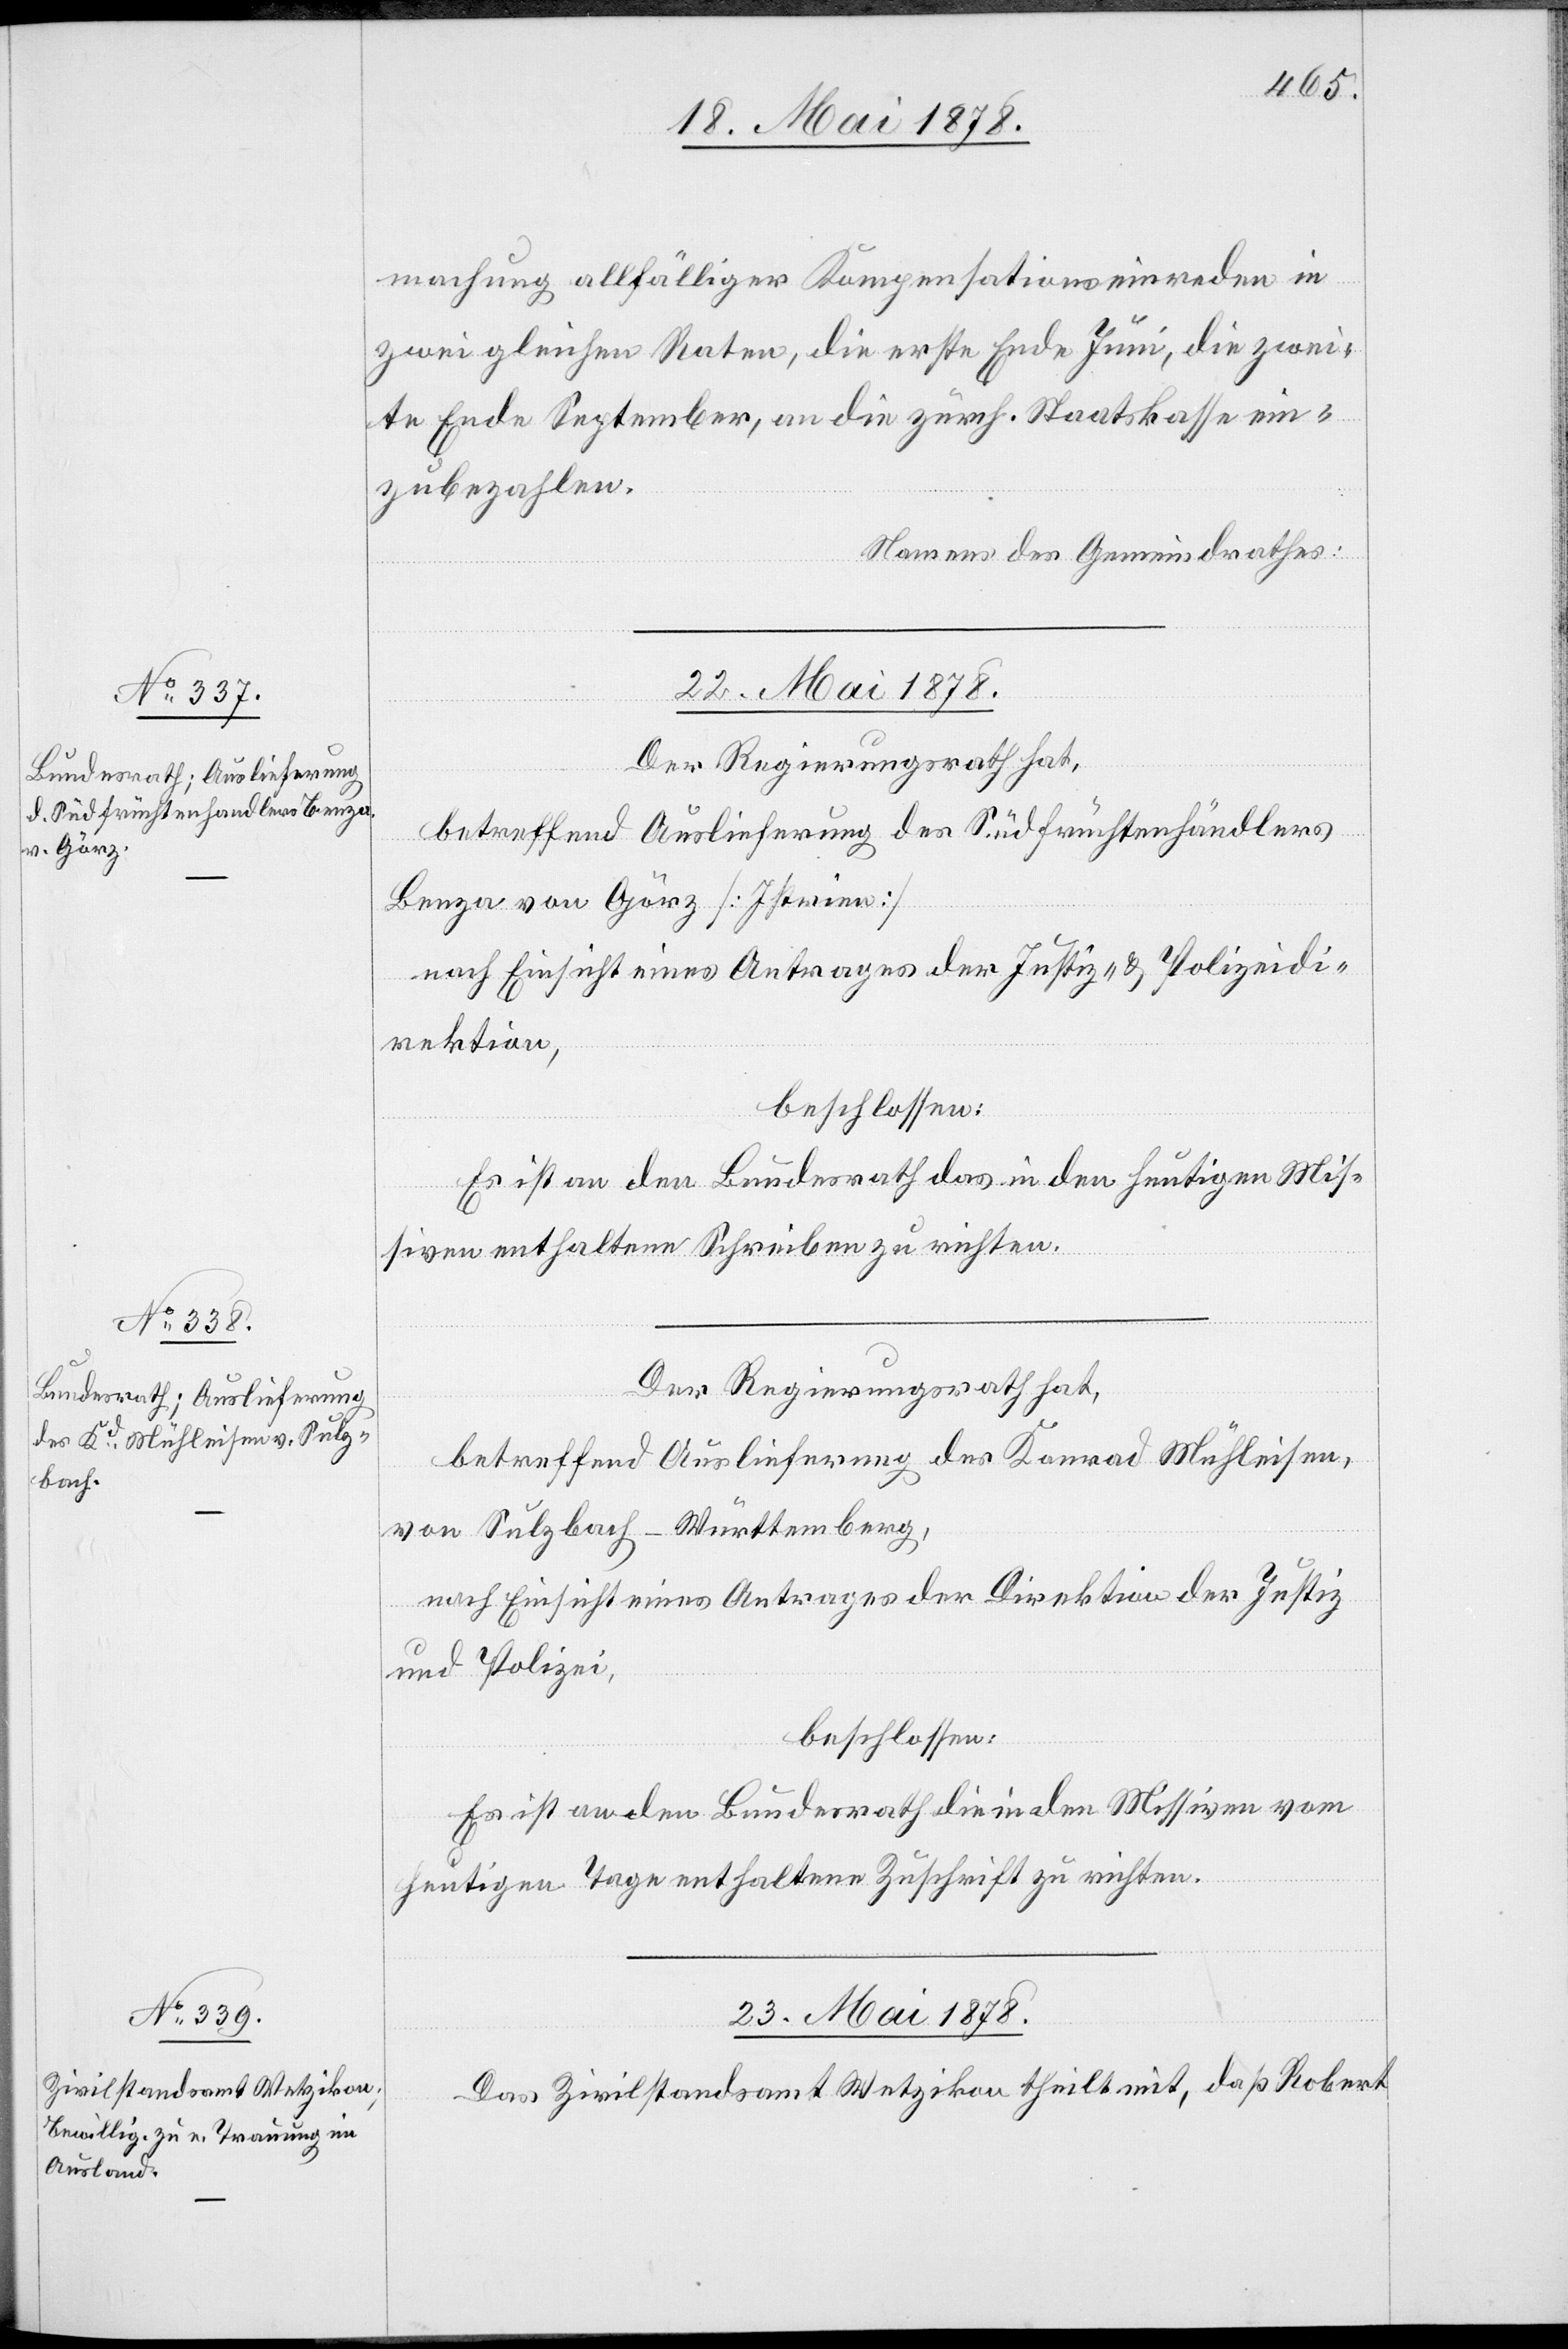
22. Mai 1878.]
machung allfälliger Kompensationseinreden in
zwei gleichen Raten, die erste Ende Juni, die zwei¬
te Ende September, an die zürch. Staatskasse ein¬
zubezahlen.
Namens des Gemeindrathes.
22. Mai 1878.
Der Regierungsrath hat,
betreffend Auslieferung des Südfrüchtenhändlers
Benza von Görz [Istrien]
nach Einsicht eines Antrages der Justiz- & Polizeidi¬
rektion,
beschlossen:
Es ist an den Bundesrath das in den heutigen Mis¬
siven enthaltene Schreiben zu richten.
Der Regierungsrath hat,
betreffend Auslieferung des Konrad Mühleisen,
von Sulzbach - Württemberg,
nach Einsicht eines Antrages der Direktion der Justiz
und Polizei,
beschlossen:
Es ist an den Bundesrath die in den Missiven vom
heutigen Tage enthaltene Zuschrift zu richten.
23. Mai 1878.
Das Zivilstandsamt Wetzikon theilt mit, daß Robert